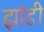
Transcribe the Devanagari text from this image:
झांडी